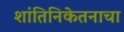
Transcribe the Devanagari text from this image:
शांतिनिकेतनाचा